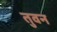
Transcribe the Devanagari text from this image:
तुवन